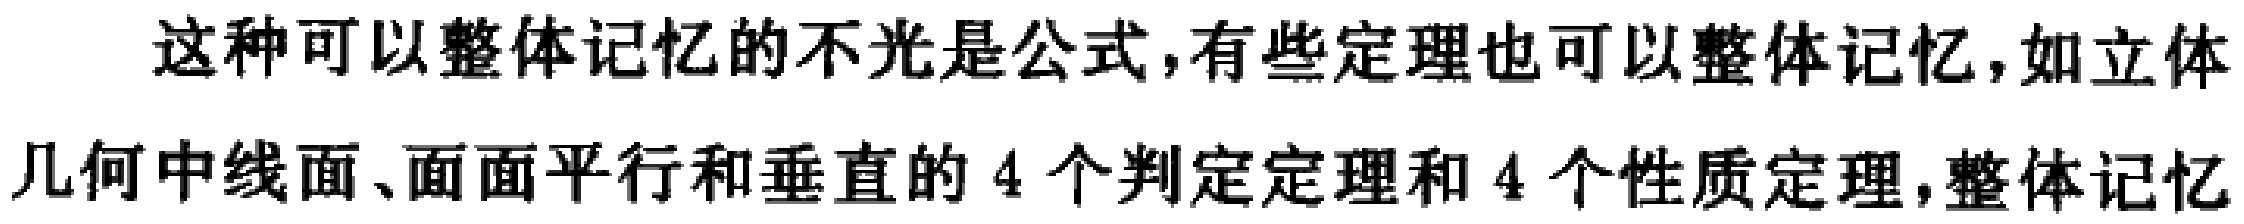
这种可以整体记忆的不光是公式,有些定理也可以整体记忆,如立体几何中线面、面面平行和垂直的 4 个判定定理和 4 个性质定理,整体记忆